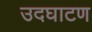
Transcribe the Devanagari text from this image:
उदघाटण